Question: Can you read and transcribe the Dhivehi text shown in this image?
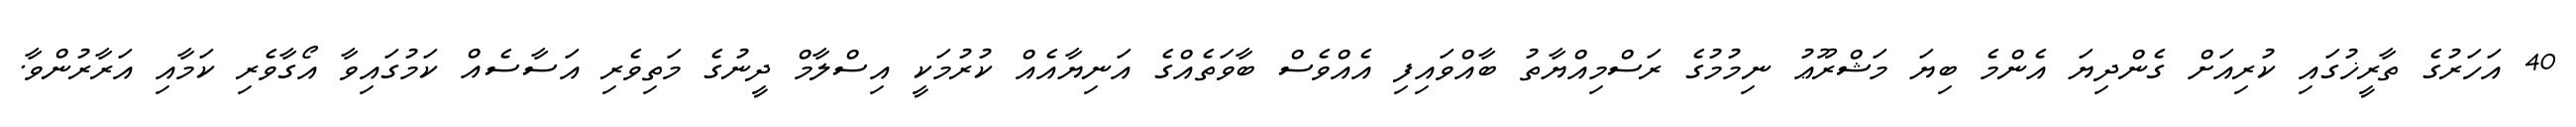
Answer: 40 އަހަރުގެ ތާރީޚުގައި ކުރިއަށް ގެންދިޔަ އެންމެ ބިޔަ މަޝްރޫޢު ނިމުމުގެ ރަސްމިއްޔާތު ބާއްވައިފި އެއްވެސް ބާވަތެއްގެ އަނިޔާއެއް ކުރުމަކީ އިސްލާމް ދީނުގެ މަތިވެރި އަސާސެއް ކަމުގައިވާ އޯގާވެރި ކަމާއި އަރާރުންވާ.